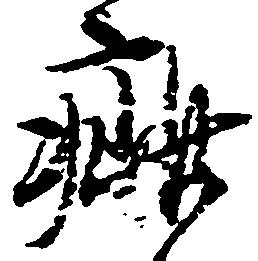
疵